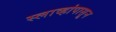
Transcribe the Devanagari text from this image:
स्लाव्हांपासून